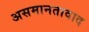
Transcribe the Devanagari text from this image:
असमानतावाद